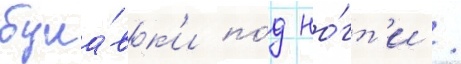
була́вк'и по́д но́гт'и /